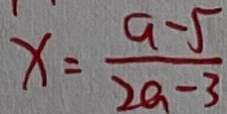
x = \frac { a - 5 } { 2 a - 3 }